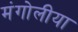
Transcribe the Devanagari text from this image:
मंगोलीया